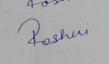
Signature authenticity: forged